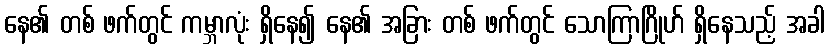
နေ၏ တစ် ဖက်တွင် ကမ္ဘာလုံး ရှိနေ၍ နေ၏ အခြား တစ် ဖက်တွင် သောကြာဂြိုဟ် ရှိနေသည့် အခါ